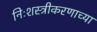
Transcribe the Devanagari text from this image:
निःशस्त्रीकरणाच्या